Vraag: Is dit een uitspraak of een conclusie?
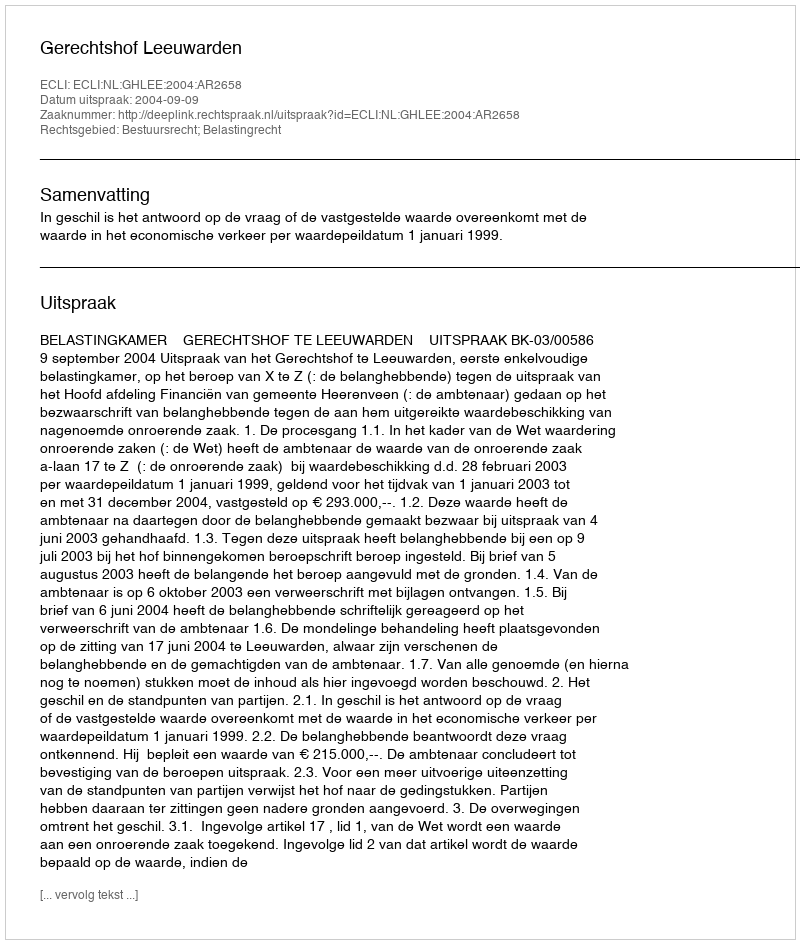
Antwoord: Uitspraak